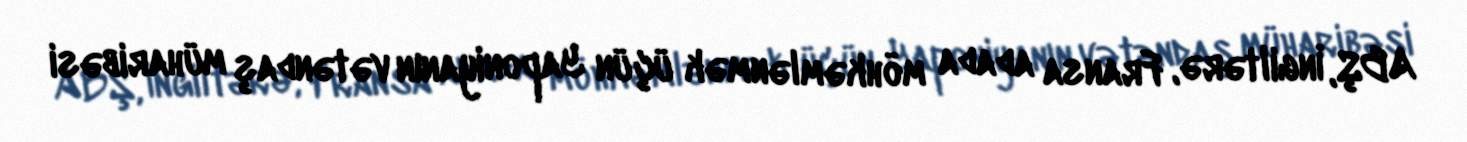
ABŞ, İngiltərə, Fransa adada möhkəmlənmək üçün Yaponiyanın vətəndaş müharibəsi